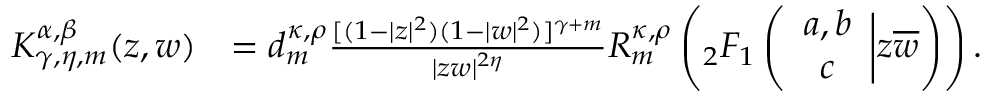
\begin{array} { r l } { K _ { \gamma , \eta , m } ^ { \alpha , \beta } ( z , w ) } & { = d _ { m } ^ { \kappa , \rho } \frac { [ ( 1 - | z | ^ { 2 } ) ( 1 - | w | ^ { 2 } ) ] ^ { \gamma + m } } { | z w | ^ { 2 \eta } } R _ { m } ^ { \kappa , \rho } \left( { _ 2 F _ { 1 } } \left( \begin{array} { c } { a , b } \\ { c } \end{array} \bigg | z \overline { { w } } \right) \right) . } \end{array}